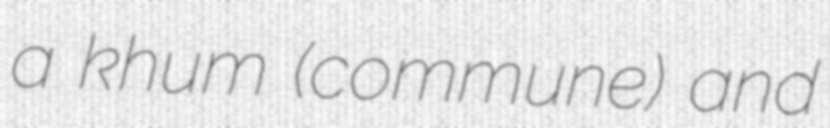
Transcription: a khum (commune) and